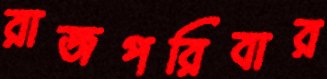
রাজপরিবার